Education (Scotland) Act, 1918, 1918
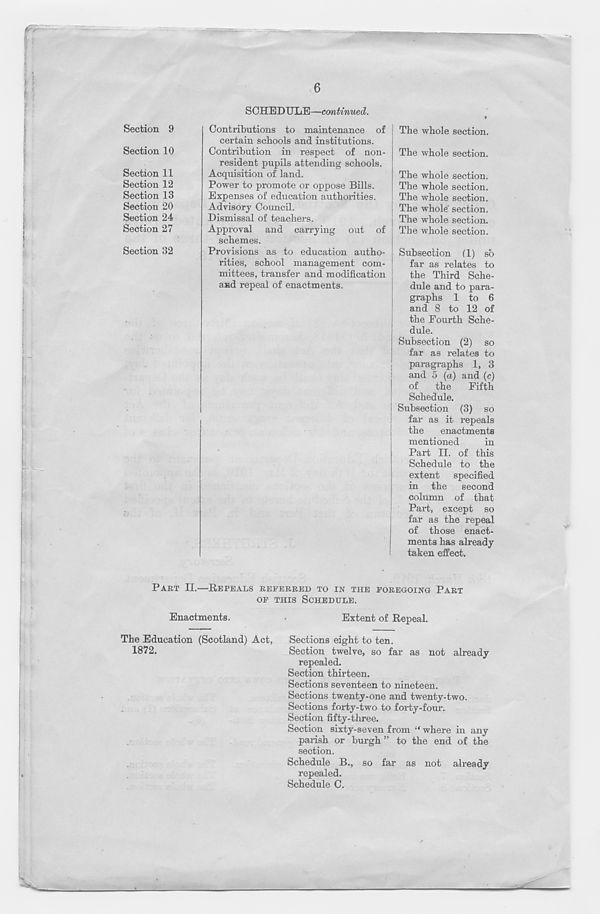
SCHEDULE—continued.
Section 9
Section 10
Section 11
Section 12
Section 13
Section 20
Section 24
Section 27
Section 32
Contributions to maintenance of
certain schools and institutions.
Contribution in respect of non-
resident pupils attending schools.
Acquisition of land.
Power to promote or oppose Bills.
Expenses of education authorities.
Advisory Council.
Dismissal of teachers.
Approval and carrying out of
schemes.
Provisions as to education autho-
rities, school management com-
mittees, transfer and modification
and repeal of enactments.
J The whole section.
The whole section.
The whole section.
The whole section.
The whole section.
The whole' section.
The whole section.
The whole section.
Subsection (1) so
far as relates to
the Third Sche-
dule and to para-
graphs 1 to 6
and 8 to 12 of
the Fourth Sche-
dule.
Subsection (2) so
far as relates to
paragraphs 1, 3
j
and 5 (a) and (c)
of
the
Fifth
Schedule.
j Subsection (3) so
far as it repeals
the
enactments
mentioned
in
Part II. of this
Schedule to the
extent specified
in the second
column of that
Part, except so
far as the repeal
of those enact-
ments has already
taken effect.
PART II.—REPEALS REFERRED TO IN THE FOREGOING PART
OF THIS SCHEDULE.
Enactments.
Extent of Repeal.
The Education (Scotland) Act,
Sections eight to ten.
1872.
Section twelve, so far as not already
repealed.
Section thirteen.
Sections seventeen to nineteen.
Sections twenty-one and twenty-two.
Sections forty-two to forty-four.
Section fifty-three.
Section sixty-seven from “ where in any
partsh or burgh ” to the end of the
section.
Schedule B., so far as not already
repealed.
Schedule C.